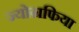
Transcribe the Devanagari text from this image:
ज्योग्रफिया